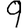
Digit: 9